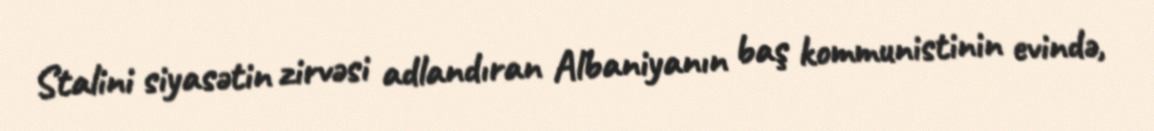
Stalini siyasətin zirvəsi adlandıran Albaniyanın baş kommunistinin evində,